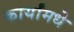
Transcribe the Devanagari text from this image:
कार्यांमधे